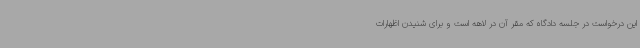
این درخواست در جلسه دادگاه که مقر آن در لاهه است و برای شنیدن اظهارات